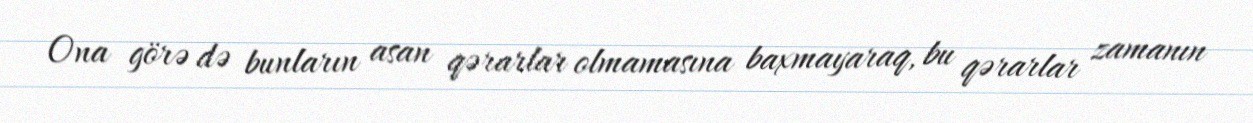
Ona görə də bunların asan qərarlar olmamasına baxmayaraq, bu qərarlar zamanın